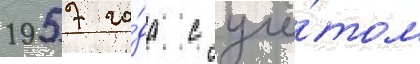
1957 го́да с учё́том